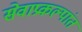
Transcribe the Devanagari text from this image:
सेवाप्रकल्पांत